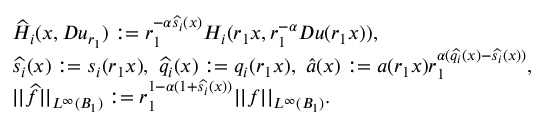
\begin{array} { r l } & { \widehat { H } _ { i } ( x , D u _ { r _ { 1 } } ) : = r _ { 1 } ^ { - \alpha \widehat { s _ { i } } ( x ) } H _ { i } ( r _ { 1 } x , r _ { 1 } ^ { - \alpha } D u ( r _ { 1 } x ) ) , } \\ & { \widehat { s _ { i } } ( x ) : = s _ { i } ( r _ { 1 } x ) , \ \widehat { q _ { i } } ( x ) : = q _ { i } ( r _ { 1 } x ) , \ \widehat { a } ( x ) : = a ( r _ { 1 } x ) r _ { 1 } ^ { \alpha ( \widehat { q _ { i } } ( x ) - \widehat { s _ { i } } ( x ) ) } , } \\ & { | | \widehat { f } | | _ { L ^ { \infty } ( B _ { 1 } ) } : = r _ { 1 } ^ { 1 - \alpha ( 1 + \widehat { s _ { i } } ( x ) ) } | | f | | _ { L ^ { \infty } ( B _ { 1 } ) } . } \end{array}